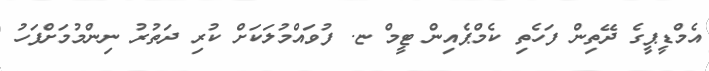
އެމްޑީޕީގެ ދޭތިން ފަހެތި ކެމްޕެއިން ޓީމް ޏ. ފުވައްމުލަކަށް ކުރި ދަތުރު ނިންމުމަށްފަހު